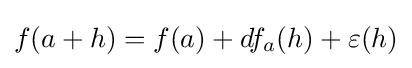
f(a+h)=f(a)+df_{a}(h)+\varepsilon (h)